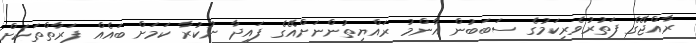
ރާއްޖޭގެ ފަތުރުވެރިކަމުގެ ސަބަބުން އާންމު ރައްޔިތުންނަށްއޭގެ ފައިދާ ނުކުރާ ކަަމަށް ބައެއް ފަރާތްތަކަށް